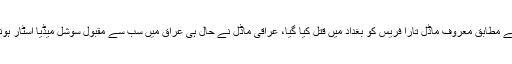
غیرملکی خبررساں ادارے کے مطابق معروف ماڈل تارا فریس کو بغداد میں قتل کیا گیا، عراقی ماڈل نے حال ہی عراق میں سب سے مقبول سوشل میڈیا اسٹار ہونے کا اعزاز اپنے نام کیا تھا۔